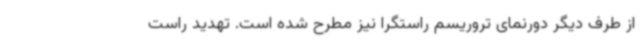
از طرف دیگر دورنمای تروریسم راستگرا نیز مطرح شده است. تهدید راست